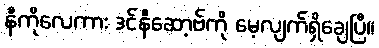
နီကိုလေကား ဒင်နီဆော့ဗ်ကို မေ့လျက်ရှိချေပြီ။